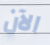
الآن